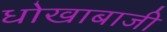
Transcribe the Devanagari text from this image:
धोखाबाजी